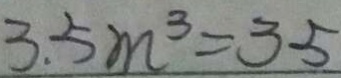
3 . 5 m ^ { 3 } = 3 5